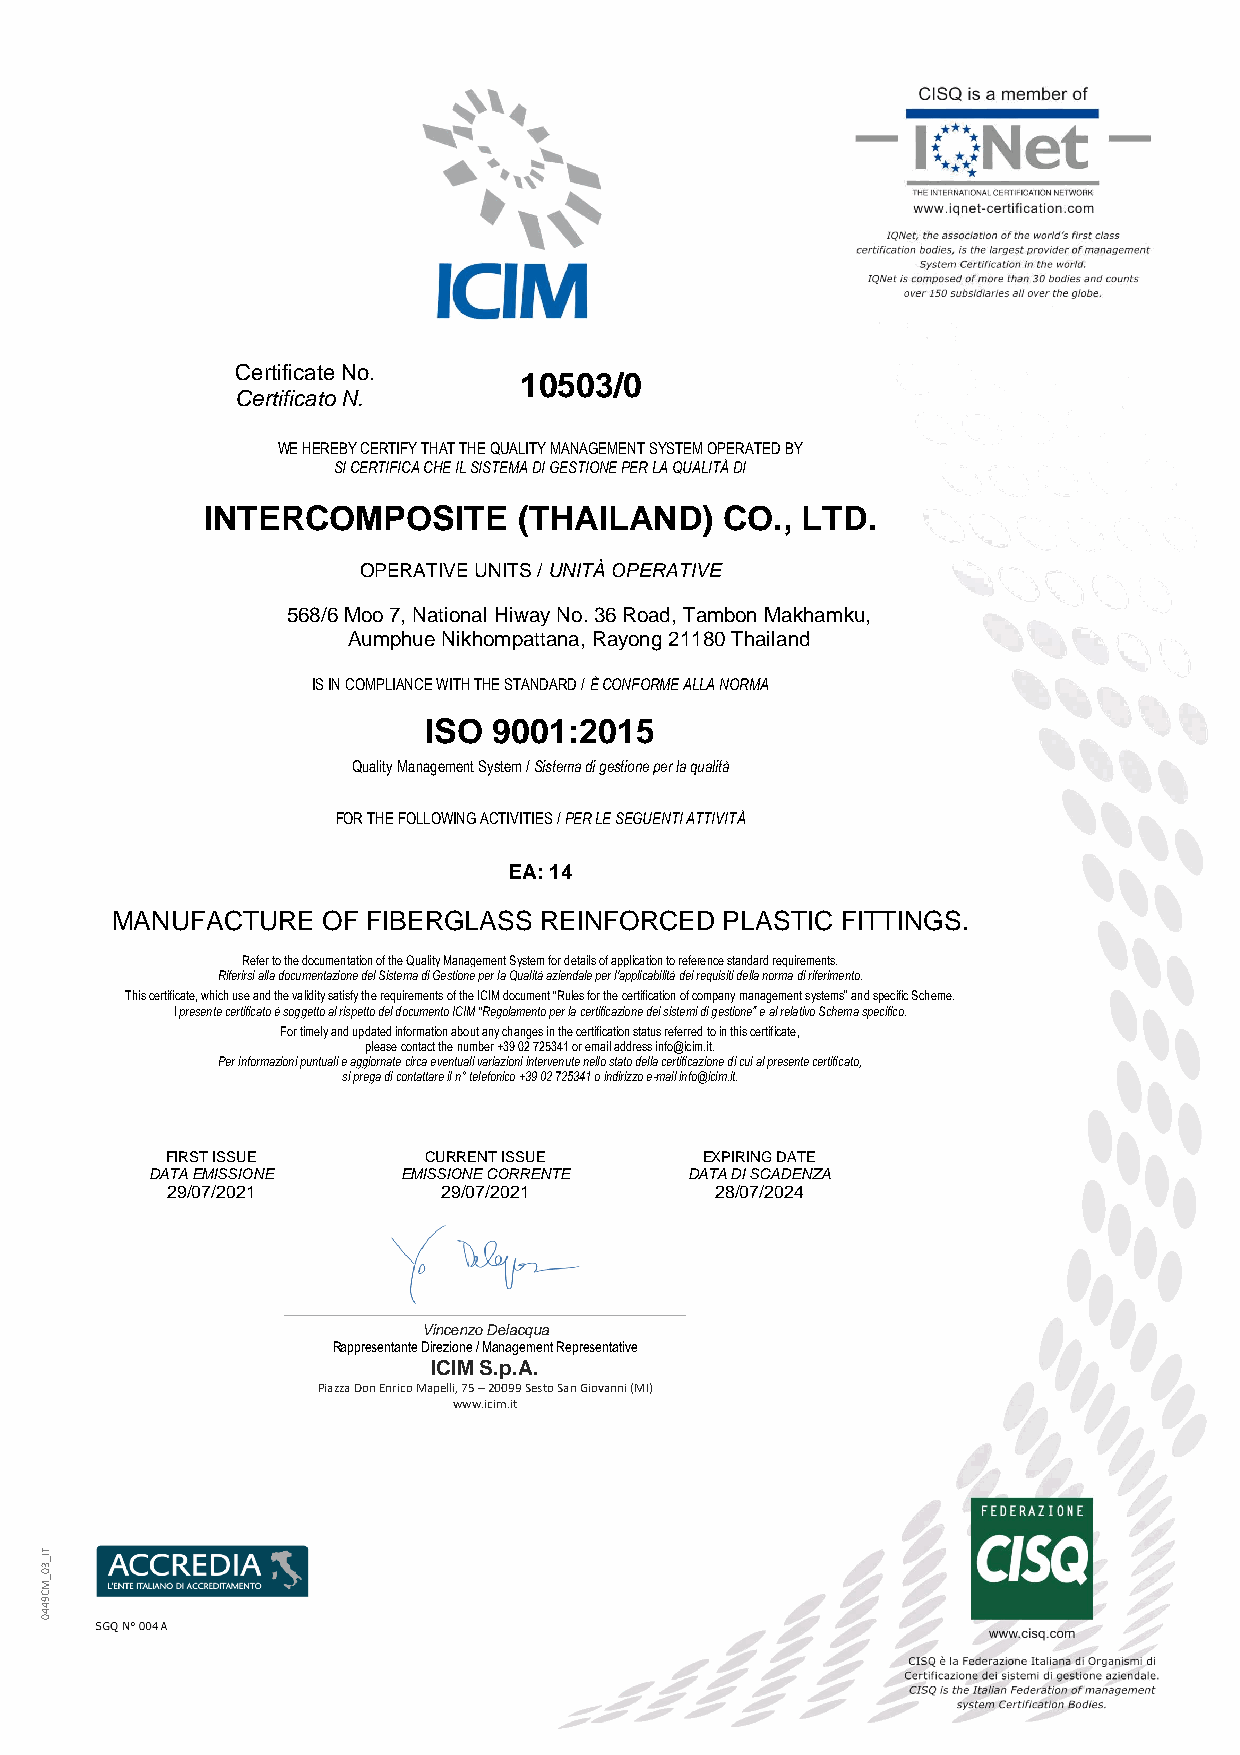
Certificate No.
 10503/0
 Certificato N.
 WE HEREBY CERTIFY THAT THE QUALITY MANAGEMENT SYSTEM OPERATED BY
 SI CERTIFICA CHE IL SISTEMA DI GESTIONE PER LA QUALITÀ DI
 INTERCOMPOSITE       (THAILAND)    CO., LTD.
 OPERATIVE UNITS / UNITÀ OPERATIVE
 568/6 Moo 7, National Hiway No. 36 Road, Tambon Makhamku,
 Aumphue Nikhompattana, Rayong 21180 Thailand
 IS IN COMPLIANCE WITH THE STANDARD / È CONFORME ALLA NORMA
 ISO  9001:2015
 Quality Management System / Sistema di gestione per la qualità
 FOR THE FOLLOWING ACTIVITIES / PER LE SEGUENTI ATTIVITÀ
 EA: 14
 MANUFACTURE   OF FIBERGLASS  REINFORCED  PLASTIC FITTINGS.
 Refer to the documentation of the Quality Management System for details of application to reference standard requirements.
 Riferirsi alla documentazione del Sistema di Gestione per la Qualità aziendale per l'applicabilità dei requisiti della norma di riferimento.
 This certificate, which use and the validity satisfy the requirements of the ICIM document “Rules for the certification of company management systems” and specific Scheme.
 l presente certificato è soggetto al rispetto del documento ICIM “Regolamento per la certificazione dei sistemi di gestione” e al relativo Schema specifico.
 For timely and updated information about any changes in the certification status referred to in this certificate,
 please contact the number +39 02 725341 or email address info@icim.it.
 Per informazioni puntuali e aggiornate circa eventuali variazioni intervenute nello stato della certificazione di cui al presente certificato,
 si prega di contattare il n° telefonico +39 02 725341 o indirizzo e-mail info@icim.it.
 FIRST ISSUE      CURRENT ISSUE      EXPIRING DATE
 DATA EMISSIONE   EMISSIONE CORRENTE DATA DI SCADENZA
 29/07/2021        29/07/2021        28/07/2024
 Vincenzo Delacqua
 Rappresentante Direzione / Management Representative
 ICIM S.p.A.
 Piazza Don Enrico Mapelli, 75 – 20099 Sesto San Giovanni (MI)
 www.icim.it
 TI_30_M
 C9440